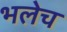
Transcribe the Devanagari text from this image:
भलेच